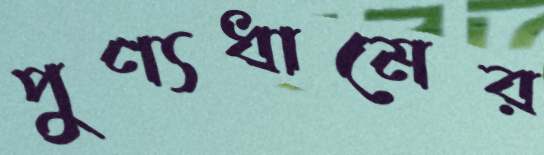
পুণ্যধামের